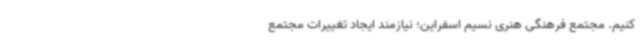
کنیم. مجتمع فرهنگی هنری نسیم اسفراین؛ نیازمند ایجاد تغییرات مجتمع